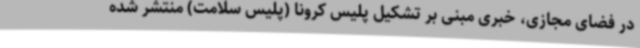
در فضای مجازی، خبری مبنی بر تشکیل پلیس کرونا (پلیس سلامت) منتشر شده